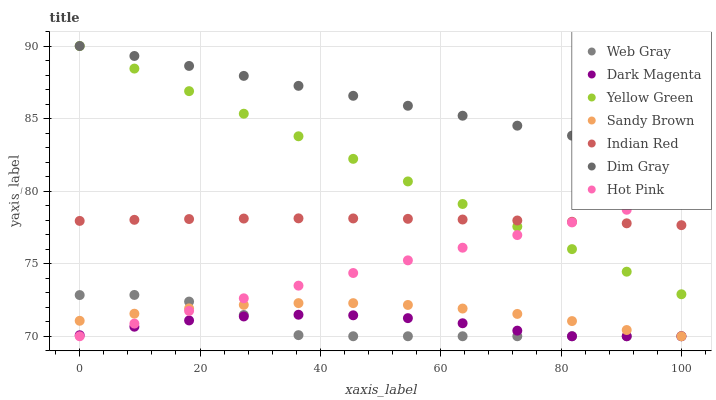
| xaxis_label | Web Gray | Dark Magenta | Yellow Green | Sandy Brown | Indian Red | Dim Gray | Hot Pink |
 | --- | --- | --- | --- | --- | --- | --- | --- |
 | 0 | 72.8 | 70.1 | 90 | 71.1 | 77.9 | 90 | 70 |
 | 9.09 | 72.8 | 70.7 | 88.4 | 71.6 | 78 | 89.3 | 70.9 |
 | 18.2 | 72.4 | 71.1 | 86.9 | 71.9 | 78.1 | 88.6 | 71.7 |
 | 27.3 | 71.5 | 71.4 | 85.3 | 72.2 | 78.1 | 87.9 | 72.6 |
 | 36.4 | 70.1 | 71.5 | 83.8 | 72.3 | 78.1 | 87.3 | 73.5 |
 | 45.5 | 70 | 71.4 | 82.2 | 72.3 | 78.1 | 86.6 | 74.4 |
 | 54.5 | 70 | 71.2 | 80.7 | 72.2 | 78.1 | 85.9 | 75.2 |
 | 63.6 | 70 | 70.9 | 79.1 | 71.9 | 78 | 85.2 | 76.1 |
 | 72.7 | 70 | 70.4 | 77.6 | 71.5 | 78 | 84.5 | 77 |
 | 81.8 | 70 | 70 | 76 | 71 | 77.9 | 83.8 | 77.8 |
 | 90.9 | 70 | 70 | 74.4 | 70.4 | 77.8 | 83.1 | 78.7 |
 | 100 | 70 | 70 | 72.9 | 70 | 77.7 | 82.5 | 79.6 |